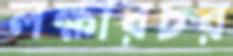
লক্ষারচর